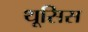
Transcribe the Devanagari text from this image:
थूसिस